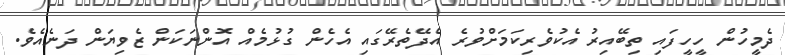
ދެމީހުން ހީހީފައި ތިބޭއިރު އެކުވެރިކަމަށްވުރެ އެދޭތެރޭގައި އެހެން ގުޅުމެއް އޮންނަކަން ޒެވިޔަން ދަނެއެވެ.